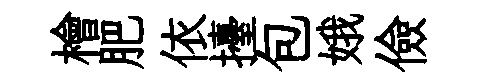
檜肥依擡包娥儉